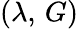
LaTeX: (\lambda,\, G)